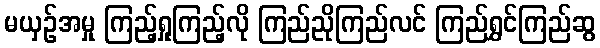
မယှဉ်အမှု ကြည့်ရှုကြည့်လို ကြည်ညိုကြည်လင် ကြည်ရွှင်ကြည်ဆွ